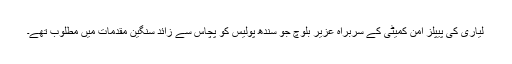
لیاری کی پیپلز امن کمیٹی کے سربراہ عزیر بلوچ جو سندھ پولیس کو پچاس سے زائد سنگین مقدمات میں مطلوب تھے۔